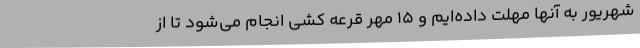
شهریور به آنها مهلت داده‌ایم و 15 مهر قرعه کشی انجام می‌شود تا از